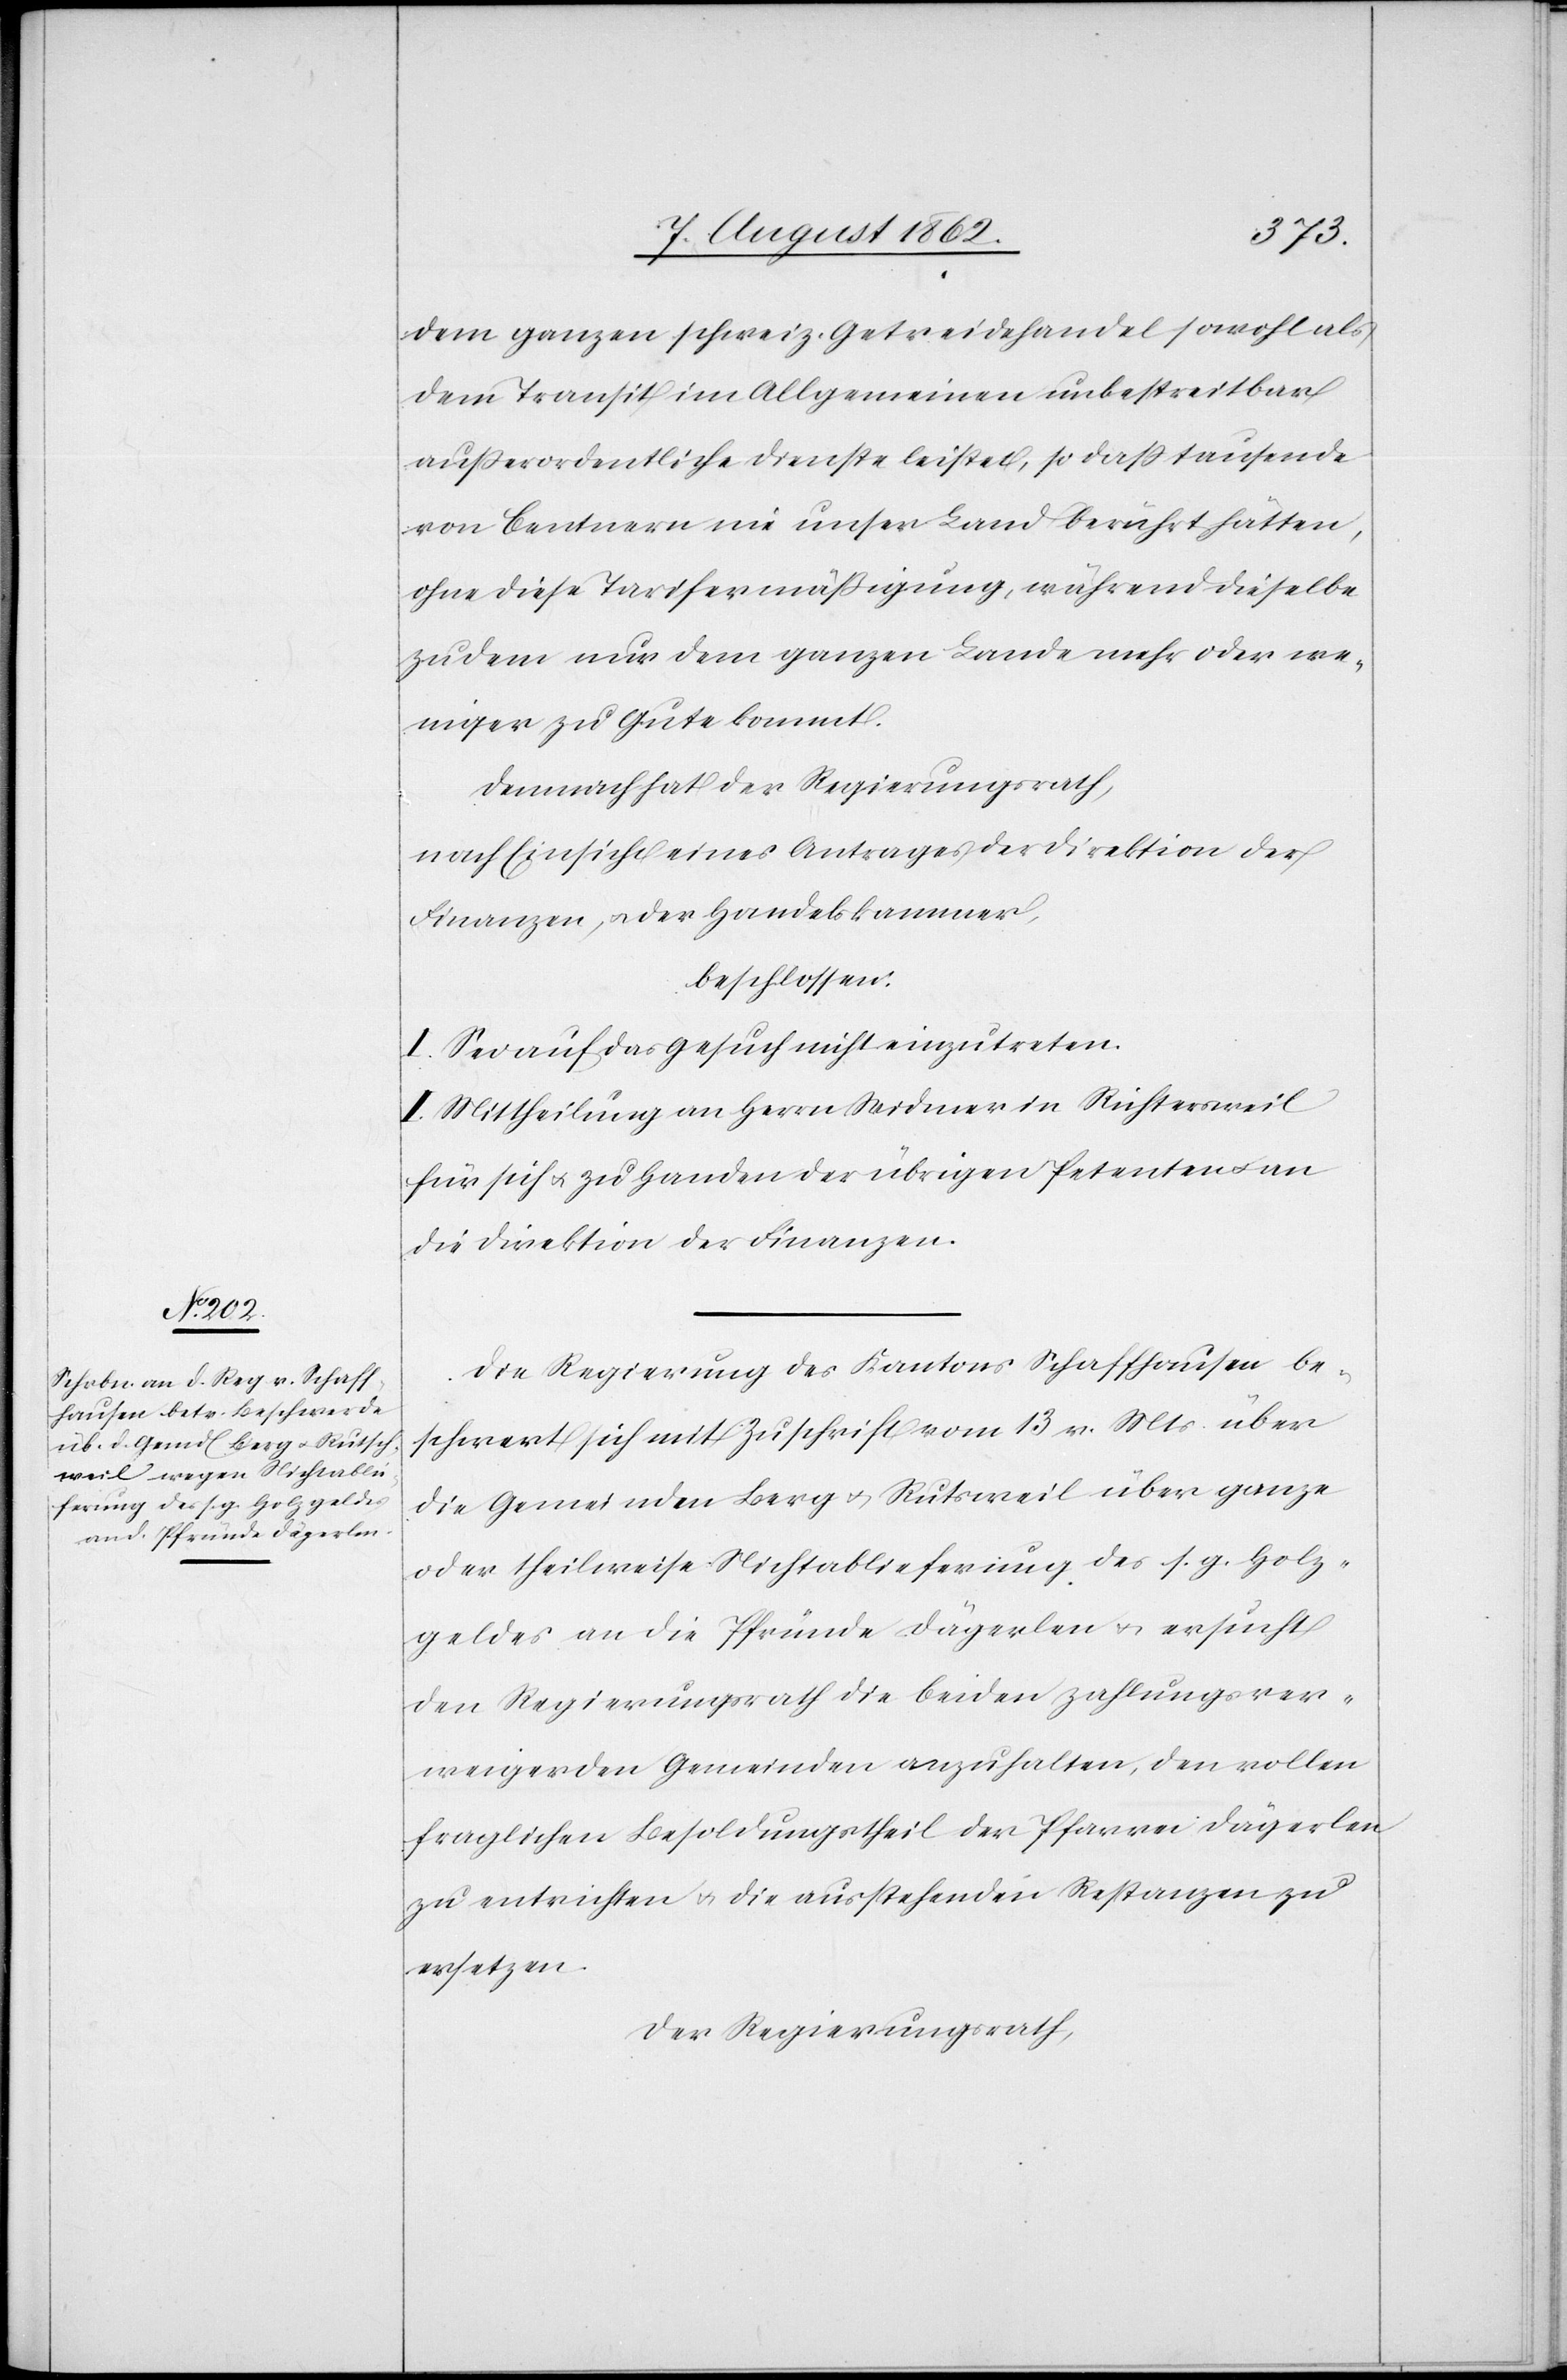
Die Regierung des Kantons Schaffhausen be¬
schwert sich mit Zuschrift vom 13. v. Mts. über
die Gemeinden Berg u. Rutsweil [sic!] über ganze
oder theilweise Nichtablieferung des s. g. Holz¬
geldes an die Pfründe Dägerlen u. ersucht
den Regierungsrath die beiden zahlungsver¬
weiger[n]den Gemeinden anzuhalten, den vollen
fraglichen Besoldungstheil der Pfarrei Dägerlen
zu entrichten u. die ausstehenden Restanzen zu
ersetzen.
Der Regierungsrath,